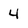
Character: 4